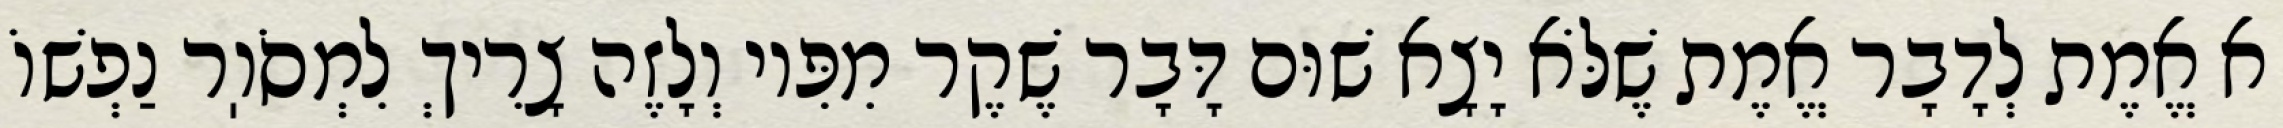
א אֱמֶת לְדָבָר אֱמֶת שֶׁלֹּא יָצָא שׁוּם דָּבָר שֶׁקֶר מִפִּיו וְלָזֶה צָרִיךְ לִמְסֹוֽר נַפְשׁוֹ